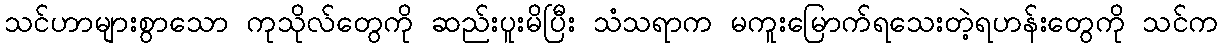
သင်ဟာများစွာသော ကုသိုလ်တွေကို ဆည်းပူးမိပြီး သံသရာက မကူးမြောက်ရသေးတဲ့ရဟန်းတွေကို သင်က